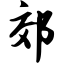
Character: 郊